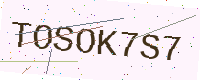
Text: TOSOK7S7